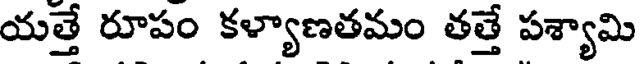
యత్తే రూపం కళ్యాణతమం తత్తే పశ్యామి